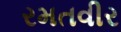
રમતવીર